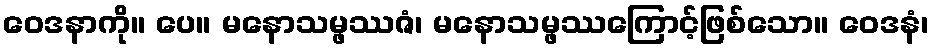
ဝေဒနာကို။ ပေ။ မနောသမ္ဖဿဇံ၊ မနောသမ္ဖဿကြောင့်ဖြစ်သော။ ဝေဒနံ၊